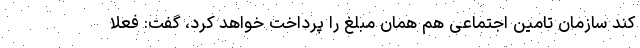
کند سازمان تامین اجتماعی هم همان مبلغ را پرداخت خواهد کرد، گفت: فعلا